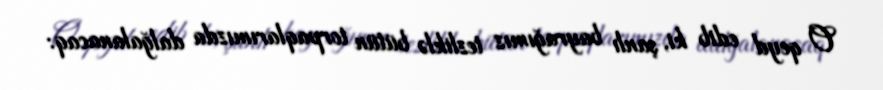
O qeyd edib ki, şanlı bayrağımız tezliklə bütün torpaqlarımızda dalğalanacaq: